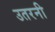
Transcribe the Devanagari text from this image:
उतरनी